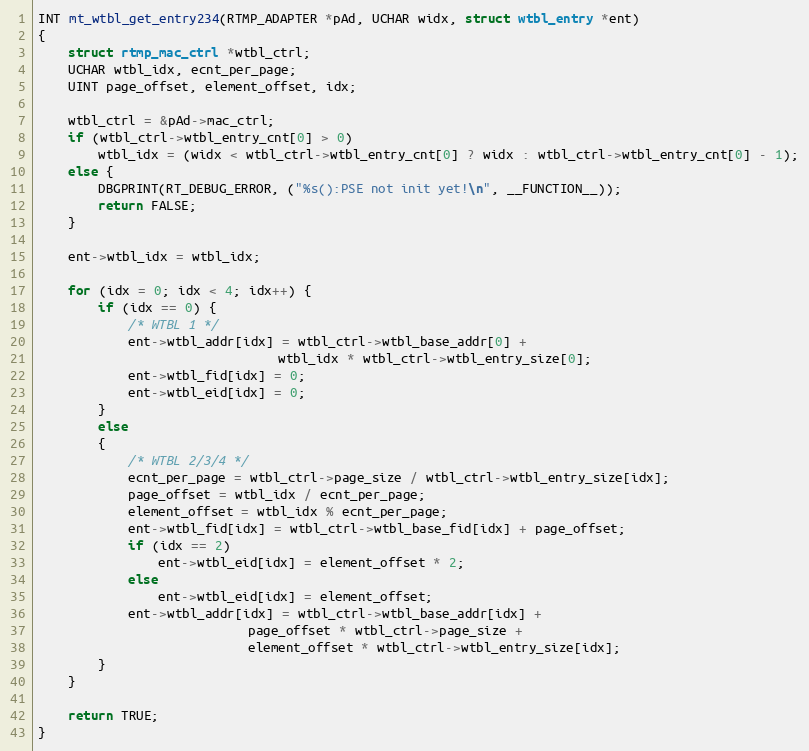
Language: C
INT mt_wtbl_get_entry234(RTMP_ADAPTER *pAd, UCHAR widx, struct wtbl_entry *ent)
{
	struct rtmp_mac_ctrl *wtbl_ctrl;
	UCHAR wtbl_idx, ecnt_per_page;
	UINT page_offset, element_offset, idx;

	wtbl_ctrl = &pAd->mac_ctrl;
	if (wtbl_ctrl->wtbl_entry_cnt[0] > 0)
		wtbl_idx = (widx < wtbl_ctrl->wtbl_entry_cnt[0] ? widx : wtbl_ctrl->wtbl_entry_cnt[0] - 1);
	else {
		DBGPRINT(RT_DEBUG_ERROR, ("%s():PSE not init yet!\n", __FUNCTION__));
		return FALSE;
	}

	ent->wtbl_idx = wtbl_idx;

	for (idx = 0; idx < 4; idx++) {
		if (idx == 0) {
			/* WTBL 1 */
			ent->wtbl_addr[idx] = wtbl_ctrl->wtbl_base_addr[0] +
								wtbl_idx * wtbl_ctrl->wtbl_entry_size[0];
			ent->wtbl_fid[idx] = 0;
			ent->wtbl_eid[idx] = 0;
		}
		else
		{
			/* WTBL 2/3/4 */
			ecnt_per_page = wtbl_ctrl->page_size / wtbl_ctrl->wtbl_entry_size[idx];
			page_offset = wtbl_idx / ecnt_per_page;
			element_offset = wtbl_idx % ecnt_per_page;
			ent->wtbl_fid[idx] = wtbl_ctrl->wtbl_base_fid[idx] + page_offset;
			if (idx == 2)
				ent->wtbl_eid[idx] = element_offset * 2;
			else
				ent->wtbl_eid[idx] = element_offset;
			ent->wtbl_addr[idx] = wtbl_ctrl->wtbl_base_addr[idx] +
							page_offset * wtbl_ctrl->page_size +
							element_offset * wtbl_ctrl->wtbl_entry_size[idx];
		}
	}

	return TRUE;
}